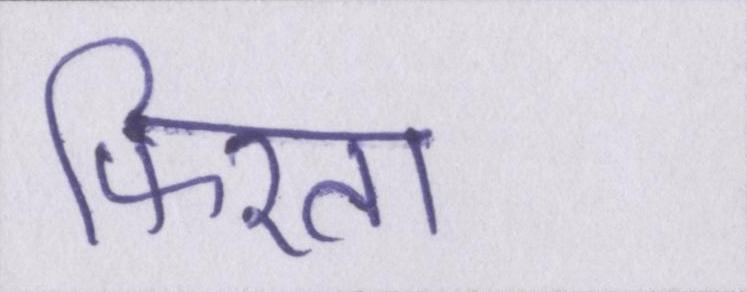
फिरता